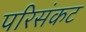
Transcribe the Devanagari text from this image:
परिसंकट